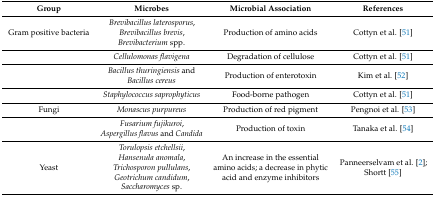
| Group | Microbes | Microbial Association | References |
 | --- | --- | --- | --- |
 | Gram positive bacteria | Brevibacillus laterosporus, Brevibacillus brevis, Brevibacterium spp. | Production of amino acids | Cottyn et al. [51] |
 |  | Cellulomonas flavigena | Degradation of cellulose | Cottyn et al. [51] |
 |  | Bacillus thuringiensis and Bacillus cereus | Production of enterotoxin | Kim et al. [52] |
 |  | Staphylococcus saprophyticus | Food-borne pathogen | Cottyn et al. [51] |
 | Fungi | Monascus purpureus | Production of red pigment | Pengnoi et al. [53] |
 |  | Fusarium fujikuroi, Aspergillus flavus and Candida | Production of toxin | Tanaka et al. [54] |
 | Yeast | Torulopsis etchellsii, Hansenula anomala, Trichosporon pullulans, Geotrichum candidum, Saccharomyces sp. | An increase in the essential amino acids; a decrease in phytic acid and enzyme inhibitors | Panneerselvam et al. [2]; Shortt [55] |